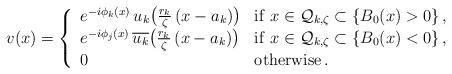
LaTeX: \begin{align*}v(x)=\left\{\begin{array}{ll}e^{-i\phi_k(x)}\,u_{k}\big(\frac{r_k}{\zeta}\,(x-a_k)\big)&{\rm if}~x\in\mathcal Q_{k,\zeta}\subset\{B_0(x)>0\}\,,\\e^{-i\phi_j(x)}\,\overline{u_{k}}\big(\frac{r_k}{\zeta}\,(x-a_k)\big)&{\rm if}~x\in\mathcal Q_{k,\zeta}\subset\{B_0(x)<0\}\,,\\0&{\rm otherwise\,.}\end{array}\right.\end{align*}